Vaccine operations Central Provinces 1868-1885 - 1868-1885
Year: 1868
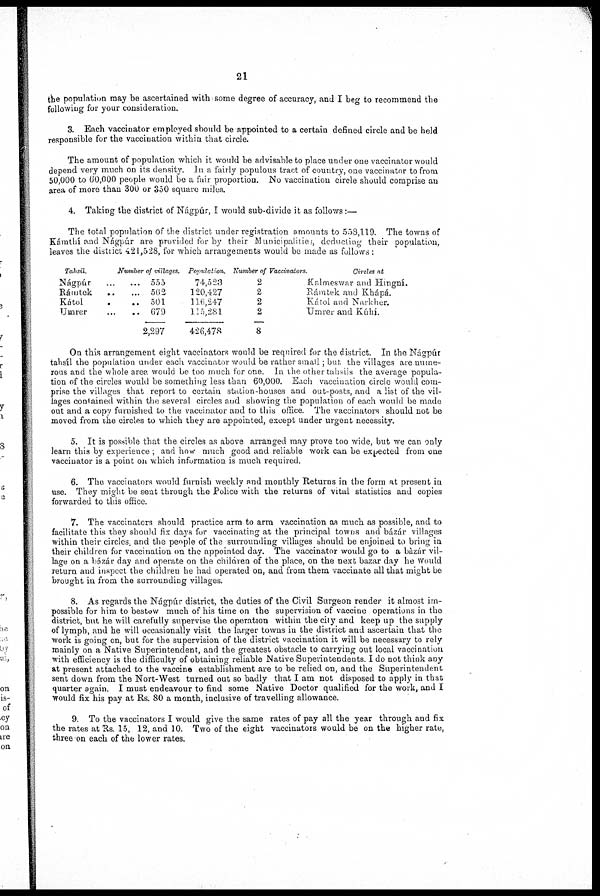
21
the population may be ascertained with some degree of accuracy, and I beg to recommend the
following for your consideration.
3. Each vaccinator employed should be appointed to a certain defined circle and be held
responsible for the vaccination within that circle.
The amount of population which it would be advisable to place under one vaccinator would
depend very much on its density. In a fairly populous tract of country, one vaccinator to from
50,000 to 60,000 people would be a fair proportion. No vaccination circle should comprise an
area of more than 300 or 350 square miles.
4. Taking the district of Nágpúr, I would sub-divide it as follows:—
The total population of the district under registration amounts to 558,119. The towns of
Kámthí and Nágpúr are provided for by their Municipalities, deducting their population,
leaves the district 421,528, for which arrangements would be made as follows:
Tahsil.
Nágpúr...
...
Rámtek...
...
Kátol...
...
Umrer...
...
Number of villages.
555
562
501
679
2,297
Population.
74,523
120,427
116,247
115,281
426,478
Number of Vaccinators.
2
2
2
2
8
Circles at
Kalmeswar and Hmgní.
Rámtek and Khápá.
Kátol and Narkher.
Umrer and Kúhí.
On this arrangement eight vaccinators would be required for the district. In the Nágpúr
tahsíl the population under each vaccinator would be rather small; but the villages are nume-
rous and the whole area would be too much for one. In the other tahsils the average popula-
tion of the circles would be something less than 60,000. Each vaccination circle would com-
prise the villages that report to certain station-houses and out-posts, and a list of the vil-
lages contained within the several circles and showing the population of each would be made
out and a copy furnished to the vaccinator and to this office. The vaccinators should not be
moved from the circles to which they are appointed, except under urgent necessity.
5. It is possible that the circles as above arranged may prove too wide, but we can only
learn this by experience; and how much good and reliable work can be expected from one
vaccinator is a point on which information is much required.
6. The vaccinators would furnish weekly and monthly Returns in the form at present in
use. They might be sent through the Police with the returns of vital statistics and copies
forwarded to this office.
7. The vaccinators should practice arm to arm vaccination as much as possible, and to
facilitate this they should fix days for vaccinating at the principal towns and bazar villages
within their circles, and the people of the surrounding villages should be enjoined to bring in
their children for vaccination on the appointed day. The vaccinator would go to a bázár vil-
lage on a bázár day and operate on the children of the place, on the next bazar day he would
return and inspect the children he had operated on, and from them, vaccinate all that might be
brought in from the surrounding villages.
8. As regards the Nágpúr district, the duties of the Civil Surgeon render it almost im-
possible for him to bestow much of his time on the supervision of vaccine operations in the
district, but he will carefully supervise the operation within the city and keep up the supply
of lymph, and he will occasionally visit the larger towns in the district and ascertain that the
work is going on, but for the supervision of the district vaccination it will be necessary to rely
mainly on a Native Superintendent, and the greatest obstacle to carrying out local vaccination
with efficiency is the difficulty of obtaining reliable Native Superintendents. I do not think any
at present attached to the vaccine establishment are to be relied on, and the Superintendent
sent down from the Nort-West turned out so badly that I am not disposed to apply in that
quarter again. I must endeavour to find some Native Doctor qualified for the work, and I
would fix his pay at Rs. 80 a month, inclusive of travelling allowance.
9. To the vaccinators I would give the same rates of pay all the year through and fix
the rates at Rs. 15, 12, and 10. Two of the eight vaccinators would be on the higher rate,
three on each of the lower rates.